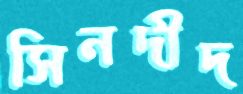
সিনদীদ